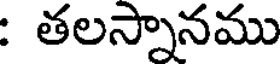
: తలస్నానము